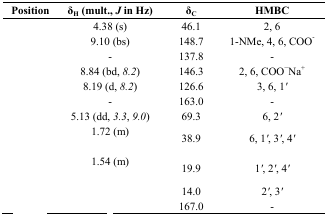
<table><thead><tr><td><b>Position</b></td><td><b>δ<sub>H</sub> (mult., <i>J </i>in Hz)</b></td><td><b>δ<sub>C</sub></b></td><td><b>HMBC</b></td></tr></thead><tbody><tr><td>[EMPTY_CELL]</td><td>4.38 (s)</td><td>46.1</td><td>2, 6</td></tr><tr><td>[EMPTY_CELL]</td><td>9.10 (bs)</td><td>148.7</td><td>1-NMe, 4, 6, COO<sup>-</sup></td></tr><tr><td>[EMPTY_CELL]</td><td>-</td><td>137.8</td><td>-</td></tr><tr><td>[EMPTY_CELL]</td><td>8.84 (bd, <i>8.2</i>)</td><td>146.3</td><td>2, 6, COO<sup>−</sup>Na<sup>+</sup></td></tr><tr><td>[EMPTY_CELL]</td><td>8.19 (d, <i>8.2</i>)</td><td>126.6</td><td>3, 6, 1<i>′</i></td></tr><tr><td>[EMPTY_CELL]</td><td>-</td><td>163.0</td><td>-</td></tr><tr><td>[EMPTY_CELL]</td><td>5.13 (dd, <i>3.3</i>, <i>9.0</i>)</td><td>69.3</td><td>6, 2<i>′</i></td></tr><tr><td rowspan="2">[EMPTY_CELL]</td><td>1.72 (m)</td><td rowspan="2">38.9</td><td rowspan="2">6, 1<i>′</i>, 3<i>′</i>, 4<i>′</i></td></tr><tr><td>[EMPTY_CELL]</td></tr><tr><td rowspan="2">[EMPTY_CELL]</td><td>1.54 (m)</td><td rowspan="2">19.9</td><td rowspan="2">1<i>′</i>, 2<i>′</i>, 4<i>′</i></td></tr><tr><td>[EMPTY_CELL]</td></tr><tr><td>[EMPTY_CELL]</td><td>[EMPTY_CELL]</td><td>14.0</td><td>2<i>′</i>, 3<i>′</i></td></tr><tr><td>[EMPTY_CELL]</td><td>[EMPTY_CELL]</td><td>167.0</td><td>-</td></tr></tbody></table>